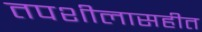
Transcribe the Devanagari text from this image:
तपशीलासहीत